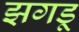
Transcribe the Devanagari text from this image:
झगडू